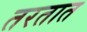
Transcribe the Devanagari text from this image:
तरतात